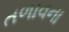
તળાવના